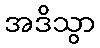
အဒိသွာ